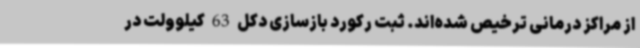
از مراکز درمانی ترخیص شده‌اند. ثبت رکورد بازسازی دکل 63 کیلوولت در